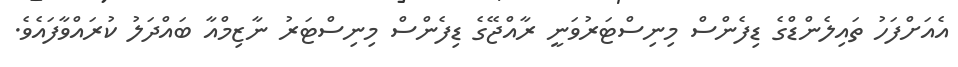
އެއަށްފަހު ތައިލެންޑްގެ ޑިފެންސް މިނިސްޓަރުވަނީ ރާއްޖޭގެ ޑިފެންސް މިނިސްޓަރު ނާޒިމްއާ ބައްދަލު ކުރައްވާފައެވެ.